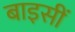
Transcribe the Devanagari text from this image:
बाइसीं